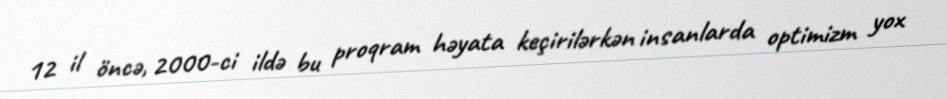
12 il öncə, 2000-ci ildə bu proqram həyata keçirilərkən insanlarda optimizm yox